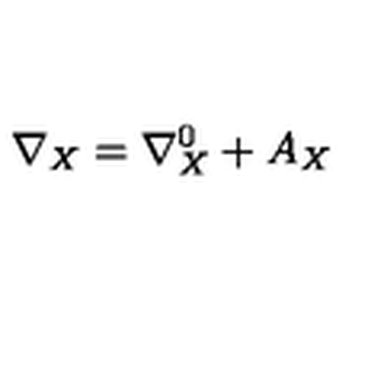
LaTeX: \nabla _ { X } = \nabla _ { X } ^ { 0 } + A _ { X }